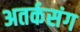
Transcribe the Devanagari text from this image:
अतर्कसंग